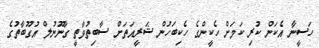
ހަސީނާ އެކަން ކުރި ކަމަށް ހެކީންގެ ހެކިބަހުން ޝަރީއަތަށް ސާބިތުވާތީ ގާނޫނުލް އުގޫބާތުގެ